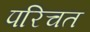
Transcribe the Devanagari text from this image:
परिचत